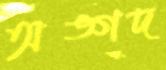
অঙ্গদ